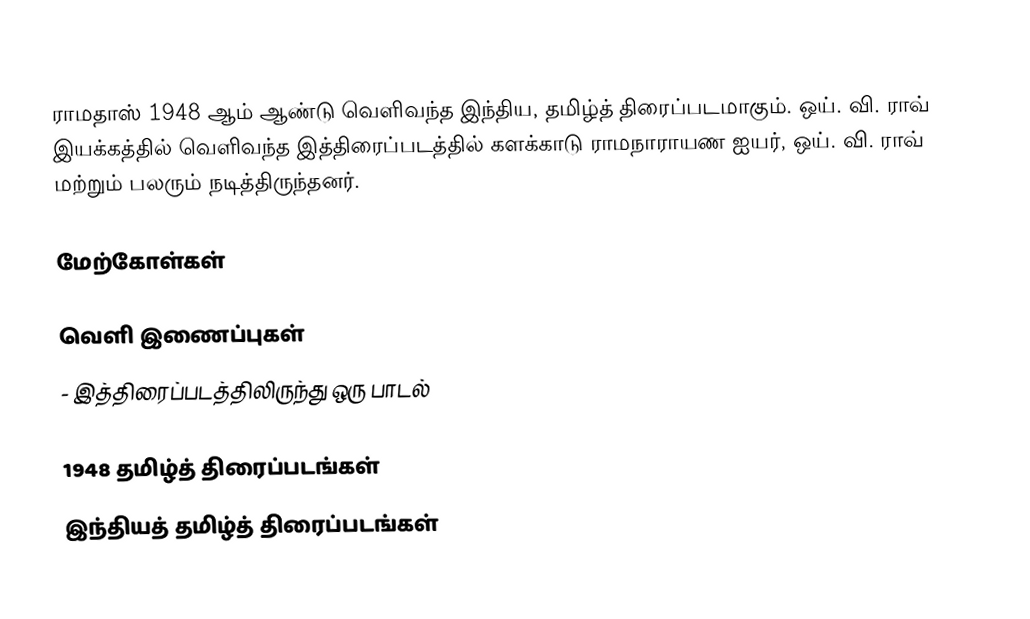
ராமதாஸ் 1948 ஆம் ஆண்டு வெளிவந்த இந்திய, தமிழ்த் திரைப்படமாகும். ஒய். வி. ராவ் இயக்கத்தில் வெளிவந்த இத்திரைப்படத்தில் களக்காடு ராமநாராயண ஐயர், ஒய். வி. ராவ் மற்றும் பலரும் நடித்திருந்தனர்.

மேற்கோள்கள்

வெளி இணைப்புகள்
 - இத்திரைப்படத்திலிருந்து ஒரு பாடல்

1948 தமிழ்த் திரைப்படங்கள்
இந்தியத் தமிழ்த் திரைப்படங்கள்